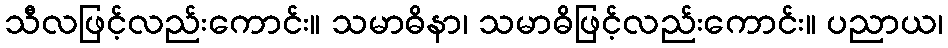
သီလဖြင့်လည်းကောင်း။ သမာဓိနာ၊ သမာဓိဖြင့်လည်းကောင်း။ ပညာယ၊